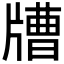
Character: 𤗰